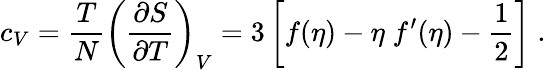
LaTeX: c_{V}={\frac{T}{N}}\left({\frac{\partial S}{\partial T}}\right)_{V}=3\left[f(\eta)-\eta\; f^{\prime}(\eta)-\frac 12\right]\; .